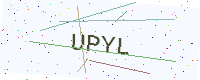
Text: UPYL